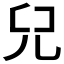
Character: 𠒂